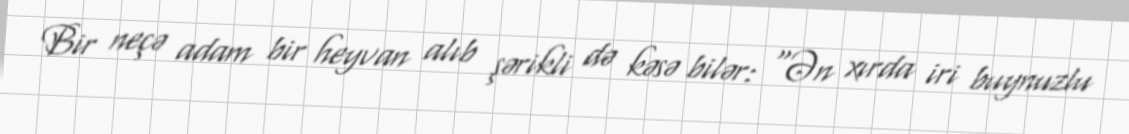
Bir neçə adam bir heyvan alıb şərikli də kəsə bilər: "Ən xırda iri buynuzlu